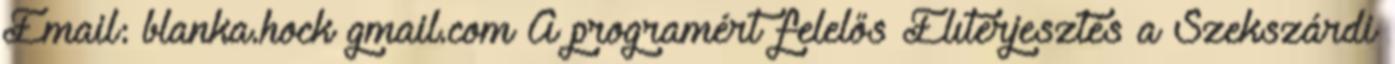
Email: blanka.hock gmail.com A programért felelős Elıterjesztés a Szekszárdi